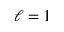
\ell = 1